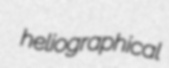
heliographical